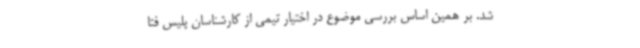
شد. بر همین اساس بررسی موضوع در اختیار تیمی از کارشناسان پلیس فتا